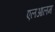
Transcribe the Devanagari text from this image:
एलआलम